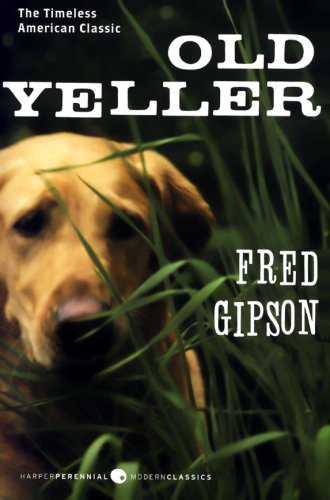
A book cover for Old Yeller (Perennial Classics); Fred Gipson; Literature & Fiction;